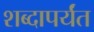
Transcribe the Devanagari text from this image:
शब्दापर्यंत